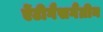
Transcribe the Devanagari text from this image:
ऐंटीगैसगैंग्रीन